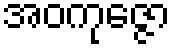
အဝကုဇ္ဇော